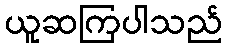
ယူဆကြပါသည်